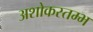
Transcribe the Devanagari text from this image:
अशोकस्तम्भ